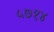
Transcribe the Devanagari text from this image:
५७१४